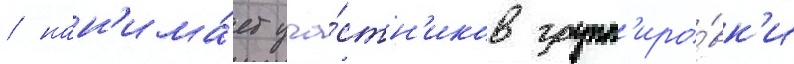
/ нан'има́ет уча́стн'иков групп'иро́вк'и